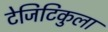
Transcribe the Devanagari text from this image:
टेजिटिकुला